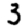
Digit: 3